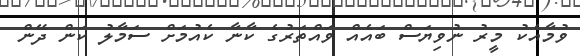
ވުމާއެކު މީރު ނުވިޔަސް ބައެއް ވައްތަރުގެ ކާނާ ކެއުމަށް ސަމާލު ކަން ދޭން